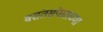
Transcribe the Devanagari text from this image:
वसंतसंपातच्या